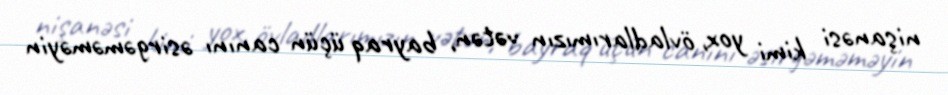
nişanəsi kimi yox, övladlarımızın vətən, bayraq üçün canını əsirgəməməyin